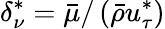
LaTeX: \delta_{\nu}^{*}=\bar{\mu}/\left(\bar{\rho}u_{\tau}^{*}\right)